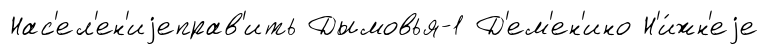
Нас'ел'ен'иjеправ'ить Дымовья-1 Д'ем'ен'ино Н'и́жн'еjе